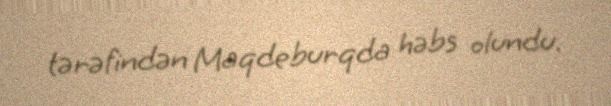
tərəfindən Maqdeburqda həbs olundu.